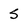
Character: 5